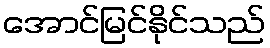
အောင်မြင်နိုင်သည်